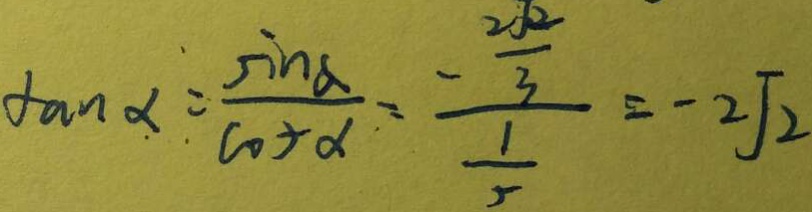
\tan \alpha = \frac { \sin \alpha } { \cos \alpha } = \frac { - \frac { 2 \sqrt { 2 } } { 3 } } { \frac { 1 } { 3 } } = - 2 \sqrt { 2 }